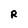
Character: R